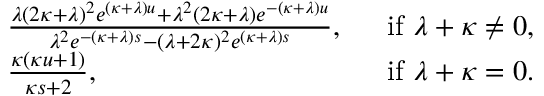
\begin{array} { r l r } & { \frac { \lambda ( 2 \kappa + \lambda ) ^ { 2 } e ^ { ( \kappa + \lambda ) u } + \lambda ^ { 2 } ( 2 \kappa + \lambda ) e ^ { - ( \kappa + \lambda ) u } } { \lambda ^ { 2 } e ^ { - ( \kappa + \lambda ) s } - ( \lambda + 2 \kappa ) ^ { 2 } e ^ { ( \kappa + \lambda ) s } } , ~ ~ } & { \mathrm { i f } ~ \lambda + \kappa \neq 0 , } \\ & { \frac { \kappa ( \kappa u + 1 ) } { \kappa s + 2 } , ~ ~ } & { \mathrm { i f } ~ \lambda + \kappa = 0 . } \end{array}